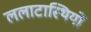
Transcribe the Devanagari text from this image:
ललाटास्थियों